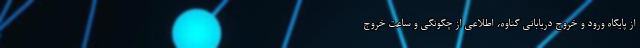
از پایگاه ورود و خروج دریابانی گناوه، اطلاعی از چگونگی و ساعت خروج